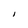
Character: I